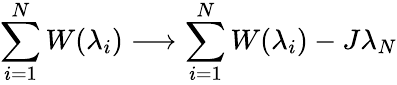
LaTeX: \sum_{i=1}^{N}W(\lambda_{i})\longrightarrow\sum_{i=1}^{N}W(\lambda_{i})-J\lambda_{N}